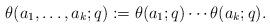
LaTeX: \begin{align*}\theta(a_1,\dots,a_k;q):=\theta(a_1;q)\cdots\theta(a_k;q).\end{align*}